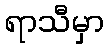
ရာသီမှာ